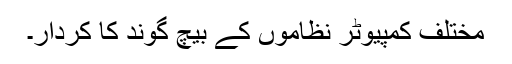
مختلف کمپیوٹر نظاموں کے بیچ گوند کا کردار۔